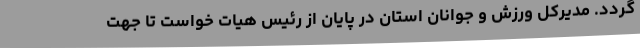
گردد. مدیرکل ورزش و جوانان استان در پایان از رئیس هیات خواست تا جهت